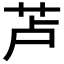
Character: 𱽗